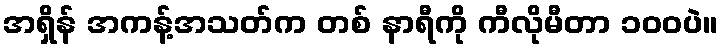
အရှိန် အကန့်အသတ်က တစ် နာရီကို ကီလိုမီတာ ၁၀၀ပဲ။